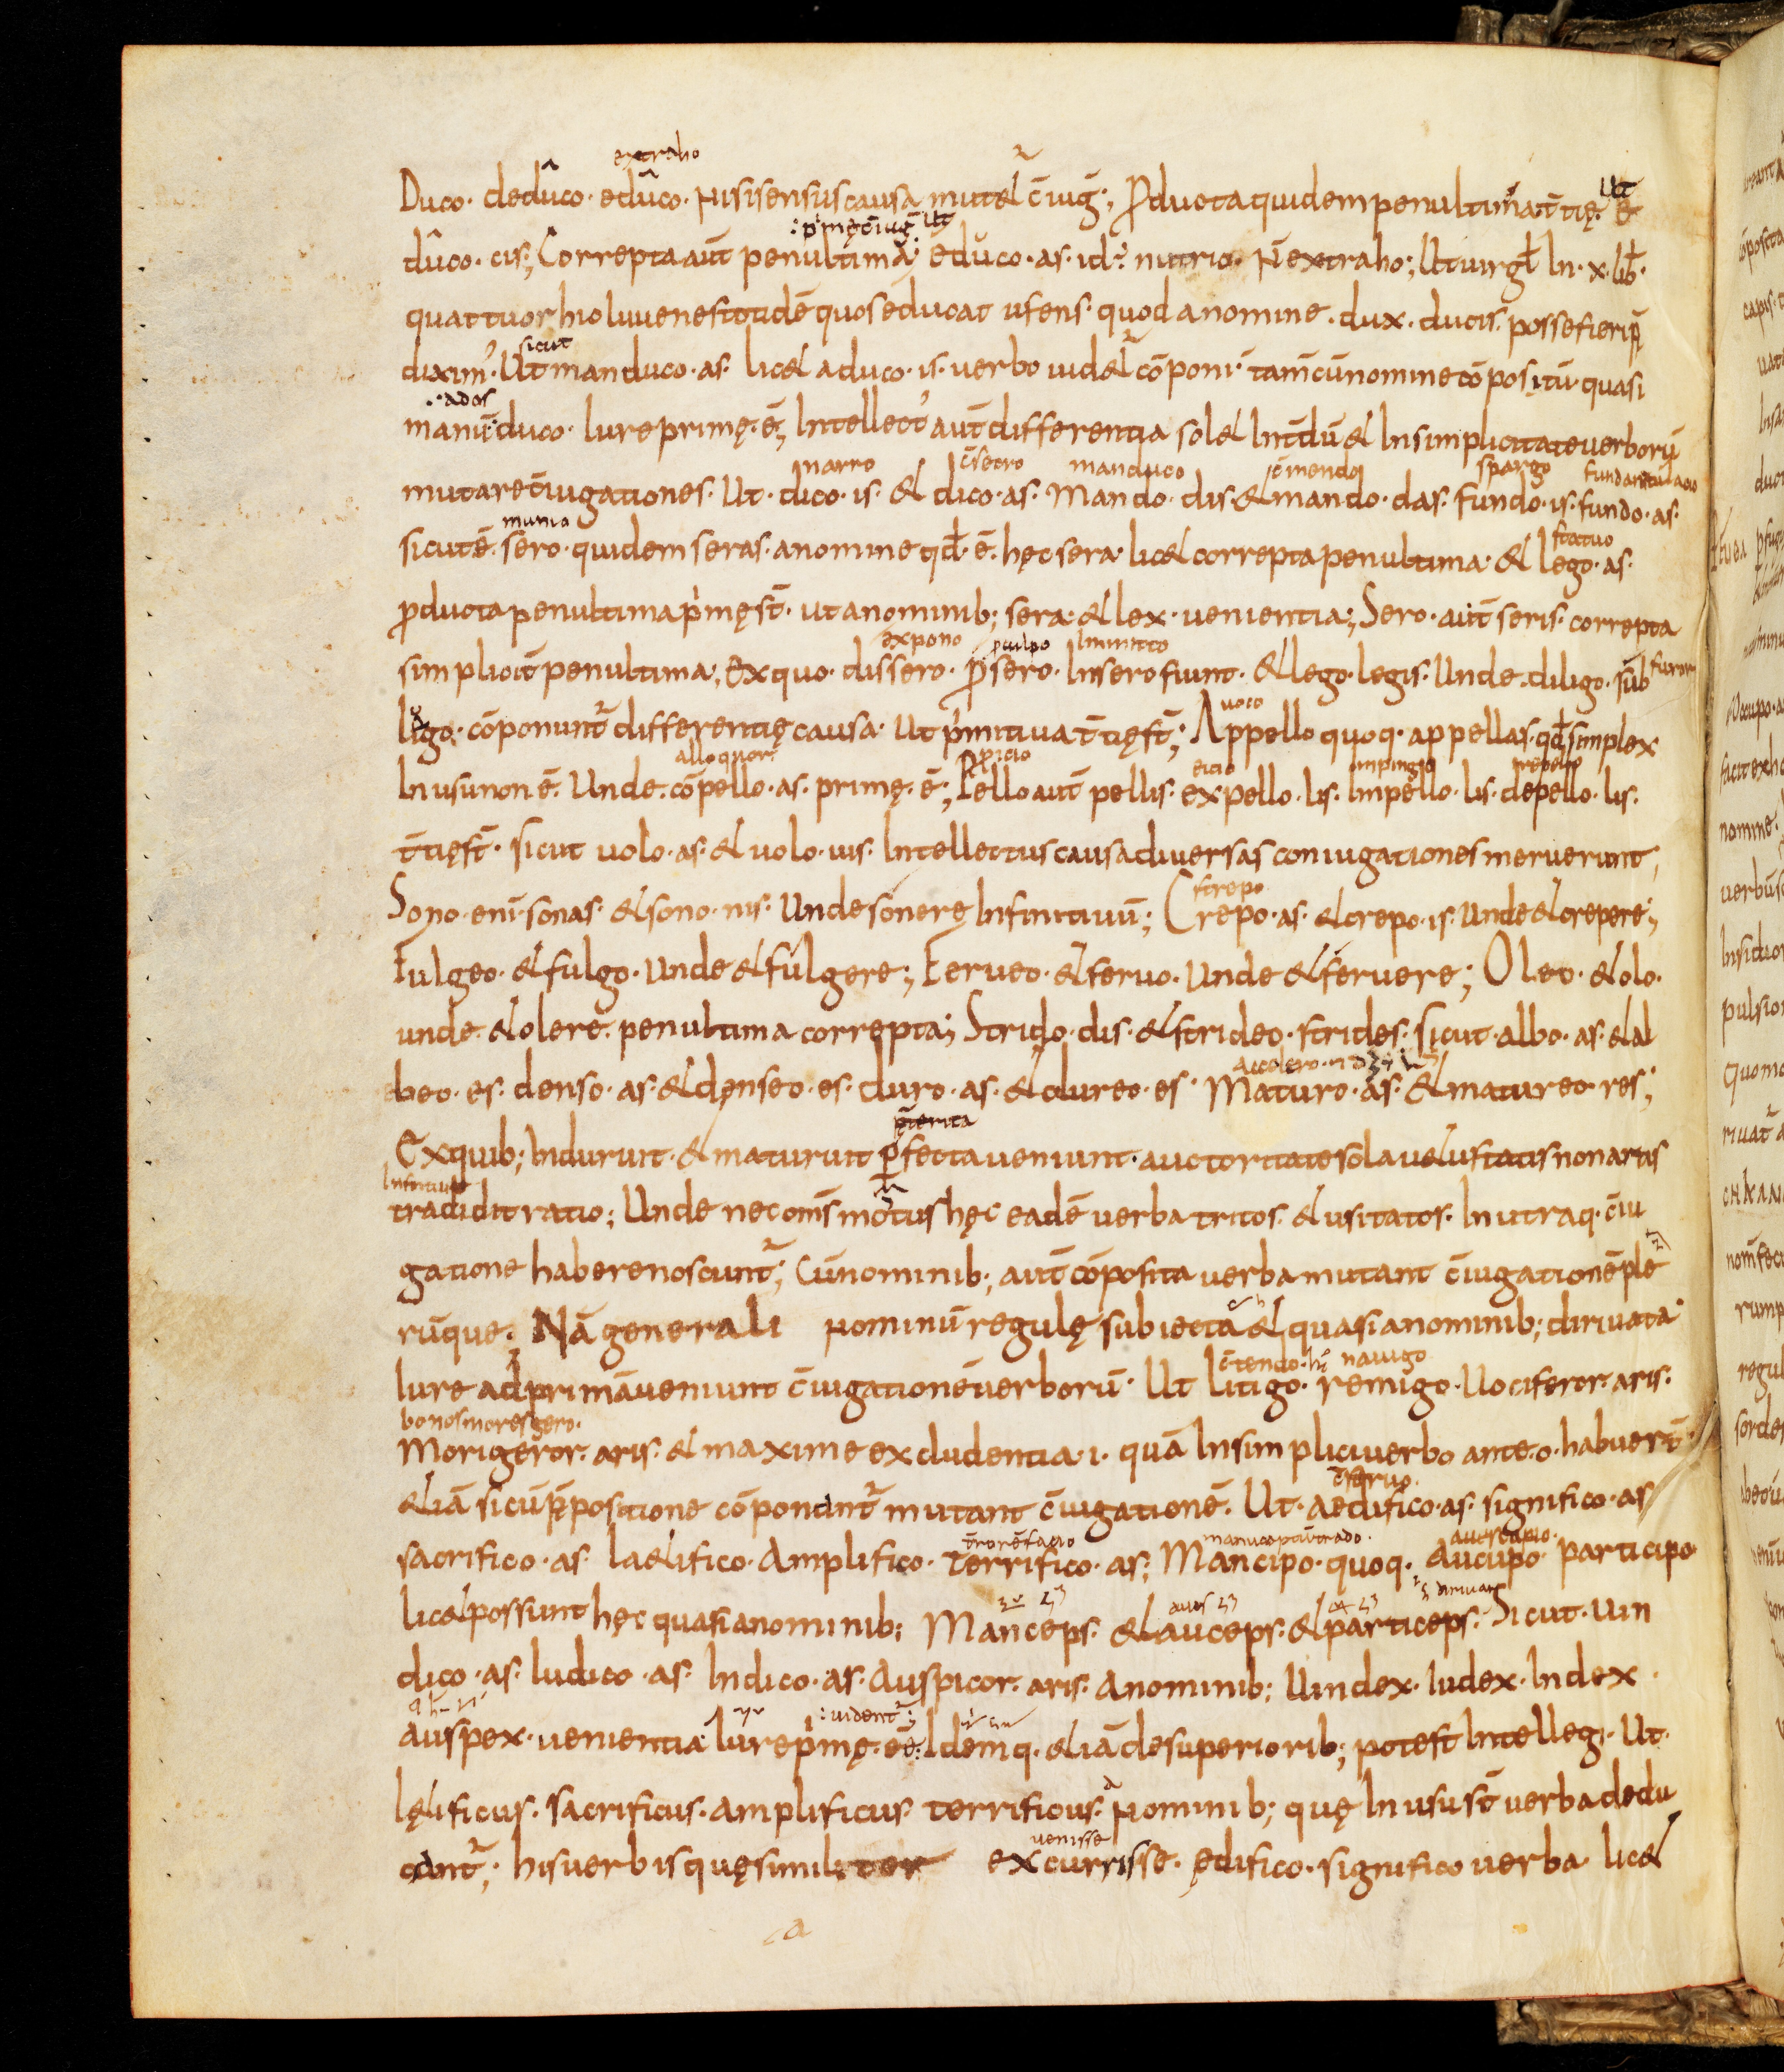
Shelfmark: Bamberg, Staatsbibliothek, MS Class. 30
Century: 9